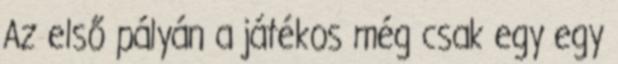
Az első pályán a játékos még csak egy egy